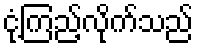
ငုံ့ကြည့်လိုက်သည်